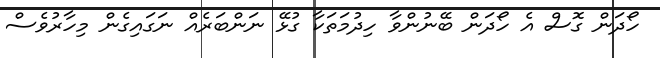
ހޯދަން ގޮސް އެ ހޯދަން ބޭނުންވާ ހިދުމަތަކާ ގުޅޭ ނަންބަރެއް ނަގައިގެން މިހާރުވެސް